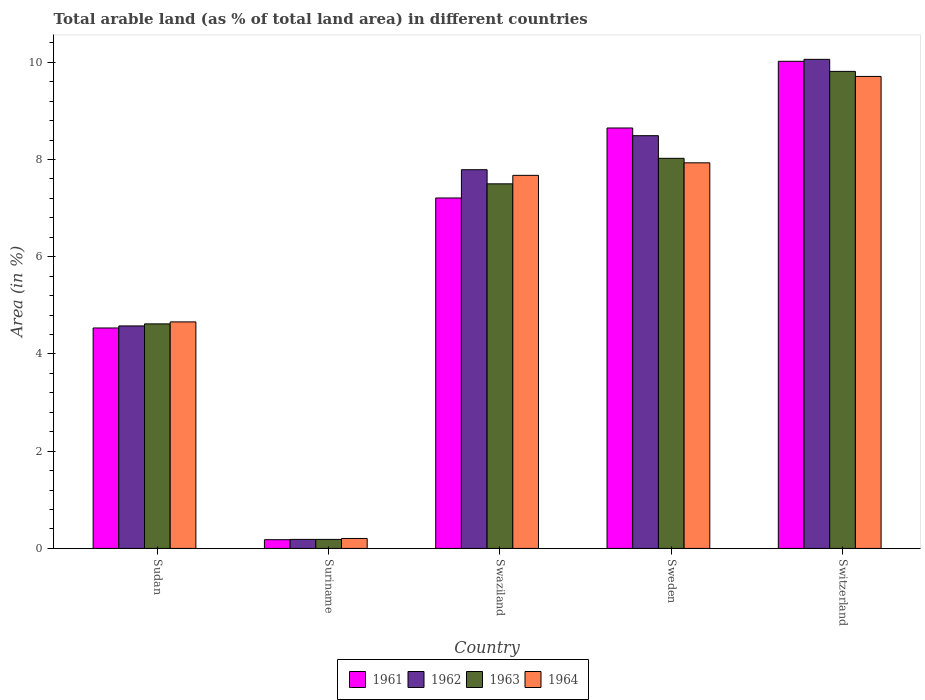
| Country | 1961 | 1962 | 1963 | 1964 |
 | --- | --- | --- | --- | --- |
 | Sudan | 4.53 | 4.58 | 4.62 | 4.66 |
 | Suriname | 0.179 | 0.186 | 0.186 | 0.205 |
 | Swaziland | 7.21 | 7.79 | 7.5 | 7.67 |
 | Sweden | 8.65 | 8.49 | 8.03 | 7.93 |
 | Switzerland | 10 | 10.1 | 9.81 | 9.71 |